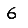
Digit: 6